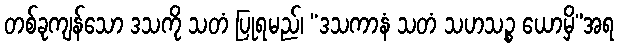
တစ်ခုကျန်သော ဒသကို သတံ ပြုရမည်၊ “ဒသကာနံ သတံ သဟသဉ္စ ယောမှိ”အရ